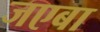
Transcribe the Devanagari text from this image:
जएबा